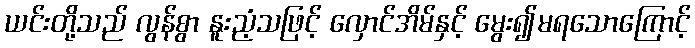
ယင်းတို့သည် လွန်စွာ နူးညံ့သဖြင့် လှောင်အိမ်နှင့် မွေး၍မရသောကြောင့်